system: You are a helpful assistant.
user:
Analyze the provided spectrum to determine if it is a **Carbon Star (C-type)**.

- **Key Visual Indicators of Carbon Star:**
    - **(Primary):** Strong molecular absorption from **C₂ (diatomic carbon) "Swan Bands."** This is the **defining feature** of a carbon star.
        - **(Key Bandheads):** Sharp absorption edges are visible at approximately $5635$ Å, $5165$ Å (the strongest band), and $4737$ Å.
        - **(Line Profile):** Creates a distinct **"saw-tooth"** pattern. The key morphology is a sharp, steep bandhead on the **red (long-wavelength) side**, which then gradually tapers off (i.e., flux recovers) towards the **blue (short-wavelength) side**. *(This is the direct opposite of the TiO bands seen in M-type stars)*.

    - **(Secondary):** Intense **CN (cyanogen)** molecular absorption bands.
        - **(Key Bandheads):** Located in the blue and violet regions of the spectrum (e.g., near $4215$ Å and $3883$ Å).
        - **(Morphology):** These bands are extremely broad and act as a "blanket," absorbing the vast majority of blue and violet light. This creates a characteristic **"cliff"** or **"steep drop-off"** in the spectrum's flux at short wavelengths.

    - **(Key Confirmation):** Strong **CH absorption band (G-band)**.
        - **(Key Bandhead):** Located around $4300$ Å. The contribution from CH molecules to this band is exceptionally strong.

    - **(Overall Spectrum):**
        - The continuum is severely "chopped up" by these deep molecular bands, especially C₂, rather than appearing as a smooth curve.
        - Due to the heavy CN and C₂ absorption in the blue-green, the vast majority of the star's flux is concentrated in the red part of the spectrum, giving the star its characteristic deep red color.

Think first, call **spectral_visualization_tool** if needed to examine features in detail, then provide your final answer. Your response must adhere to the following strict rules:
1.  **Overall Structure:** Your response must follow the format `<think>...</think> <tool_call>...</tool_call> (if a tool is used) <answer>...</answer>`.
2.  **Tool Usage Constraint:** You may only make **one** tool call per turn.
3.  **Final Answer Format:** In the `<answer>` tag, your conclusion must be inside a `\boxed{}` command (e.g., `\boxed{YES}`), followed by your justification.

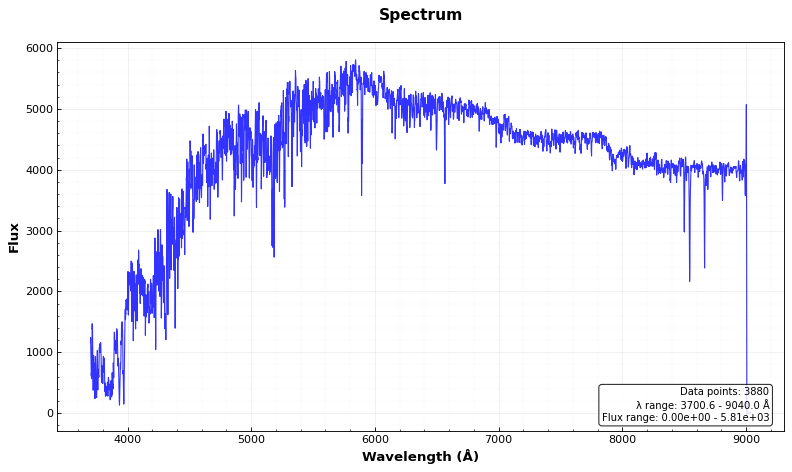
Answer: NO